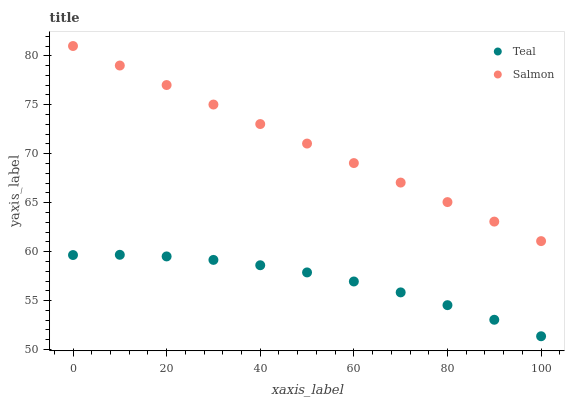
| xaxis_label | Teal | Salmon |
 | --- | --- | --- |
 | 0 | 59.7 | 81 |
 | 10 | 59.7 | 79 |
 | 20 | 59.5 | 77 |
 | 30 | 59.2 | 75 |
 | 40 | 58.6 | 73 |
 | 50 | 57.9 | 71 |
 | 60 | 57 | 69 |
 | 70 | 55.8 | 67.1 |
 | 80 | 54.5 | 65.1 |
 | 90 | 53 | 63.1 |
 | 100 | 51.4 | 61.1 |